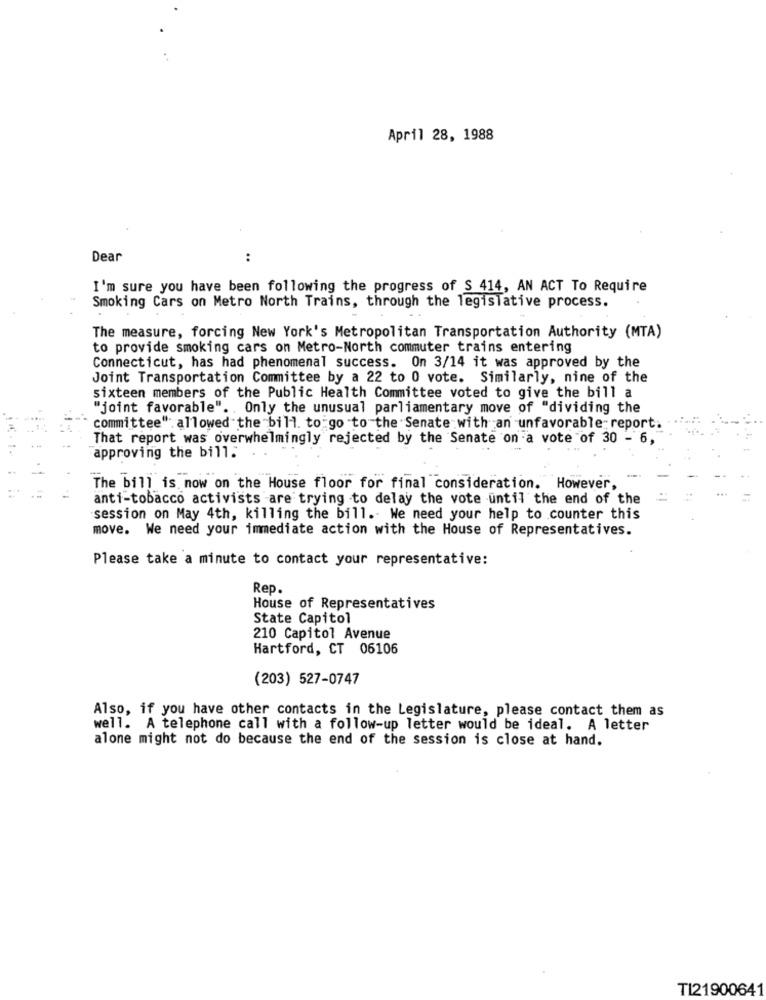
April 28, 1988
Dear
..
I'm sure you have been following the progress of $ 414, AN ACT To Require
Smoking Cars on Metro North Trains, through the legislative process.
The measure, forcing New York's Metropolitan Transportation Authority (MTA)
to provide smoking cars on Metro-North commuter trains entering
Connecticut, has had phenomenal success. On 3/14 it was approved by the
Joint Transportation Committee by a 22 to 0 vote. Similarly, nine of the
sixteen members of the Public Health Committee voted to give the bill a
"joint favorable". . Only the unusual parliamentary move of "dividing the
committee" allowed the bill. to go to the Senate with an -unfavorable report.
That report was overwhelmingly rejected by the Senate on a vote of 30 - 6,
approving the bill.
The bill is now on the House floor for final consideration. However,
anti-tobacco activists are trying to delay the vote until the end of the
session on May 4th, killing the bill. We need your help to counter this
move. We need your immediate action with the House of Representatives.
Please take a minute to contact your representative:
Rep.
House of Representatives
State Capitol
210 Capitol Avenue
Hartford, CT 06106
(203) 527-0747
Also, if you have other contacts in the Legislature, please contact them as
well. A telephone call with a follow-up letter would be ideal. A letter
alone might not do because the end of the session is close at hand.
T121900641